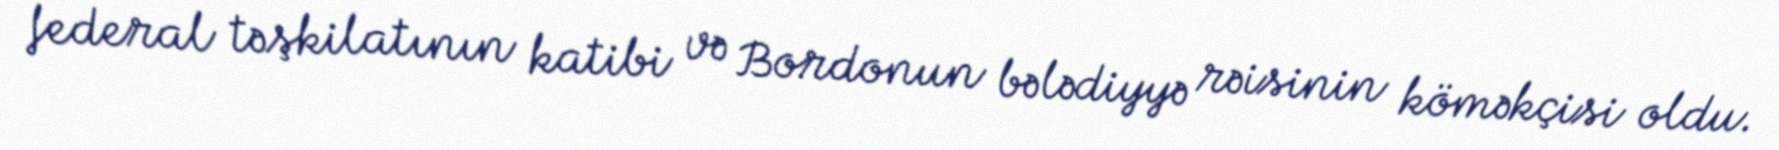
federal təşkilatının katibi və Bordonun bələdiyyə rəisinin köməkçisi oldu.